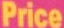
Price